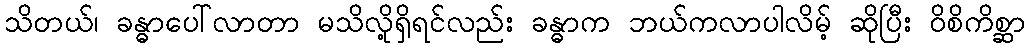
သိတယ်၊ ခန္ဓာပေါ်လာတာ မသိလို့ရှိရင်လည်း ခန္ဓာက ဘယ်ကလာပါလိမ့် ဆိုပြီး ဝိစိကိစ္ဆာ